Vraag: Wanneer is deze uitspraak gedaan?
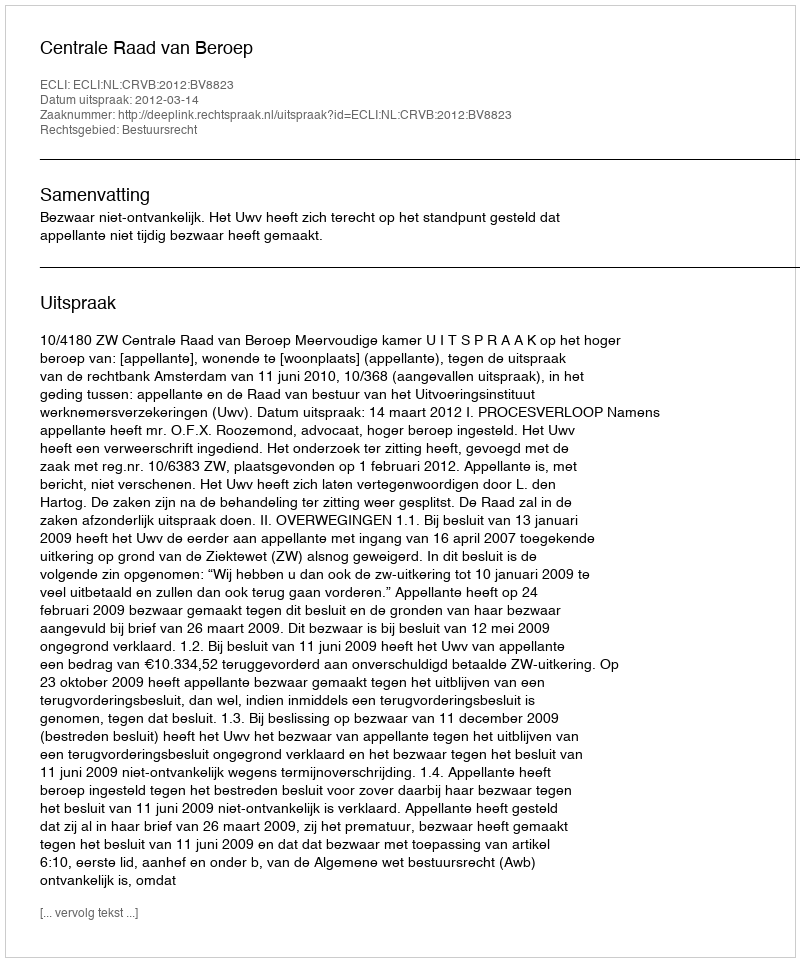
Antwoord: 2012-03-14